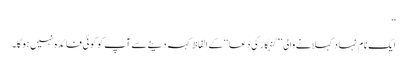
‘‘
ایک نام نہاد کہلانے والی ’’گنہگار کی دعا‘‘ کے الفاظ کہہ دینےسے آپ کو کوئی فائدہ نہیں ہوگا۔